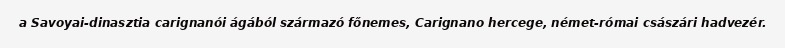
a Savoyai-dinasztia carignanói ágából származó főnemes, Carignano hercege, német-római császári hadvezér.